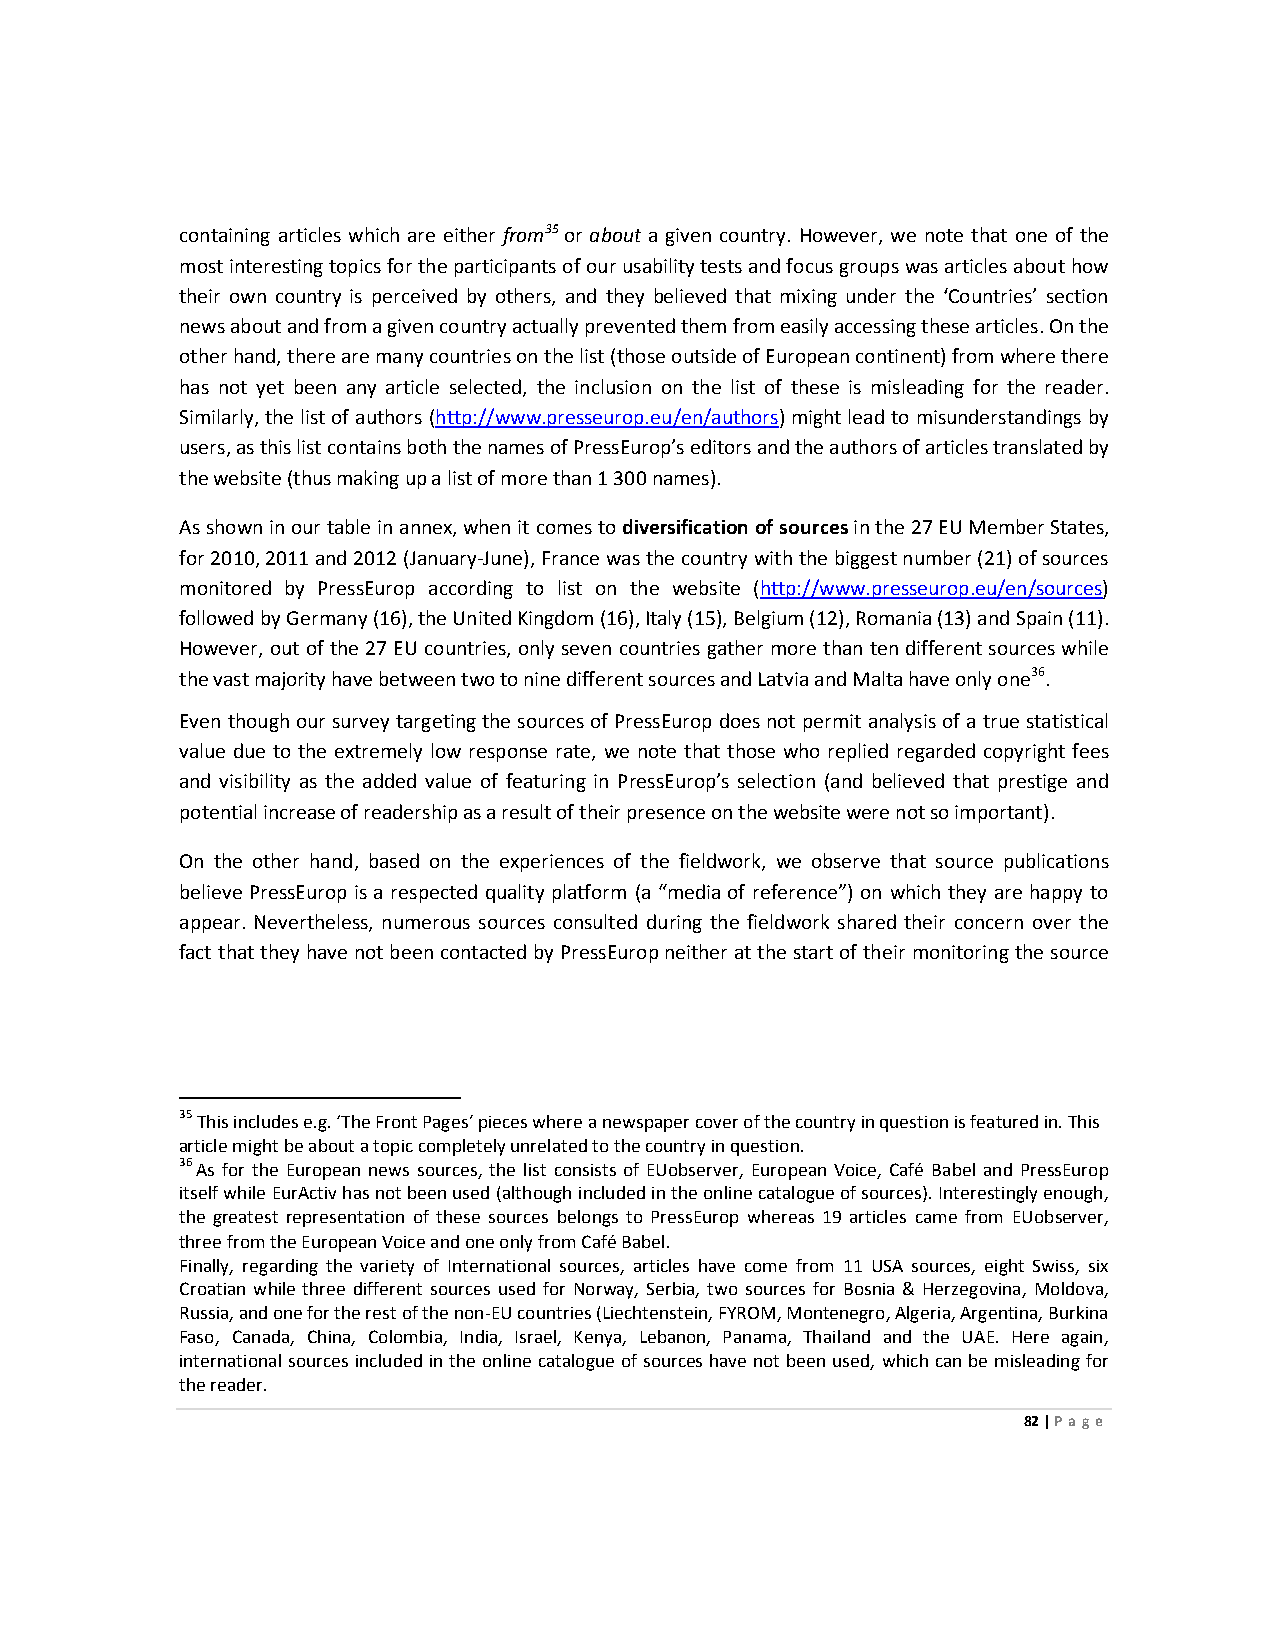
containing articles which are either from35 or about a given country. However, we note that one of the
 most interesting topics for the participants of our usability tests and focus groups was articles about how
 their own country is perceived by others, and they believed that mixing under the ‘Countries’ section
 news about and from a given country actually prevented them from easily accessing these articles. On the
 other hand, there are many countries on the list (those outside of European continent) from where there
 has not yet been any article selected, the inclusion on the list of these is misleading for the reader.
 Similarly, the list of authors (http://www.presseurop.eu/en/authors) might lead to misunderstandings by
 users, as this list contains both the names of PressEurop’s editors and the authors of articles translated by
 the website (thus making up a list of more than 1 300 names).
 As shown in our table in annex, when it comes to diversification of sources in the 27 EU Member States,
 for 2010, 2011 and 2012 (January-June), France was the country with the biggest number (21) of sources
 monitored by PressEurop according to list on the website (http://www.presseurop.eu/en/sources)
 followed by Germany (16), the United Kingdom (16), Italy (15), Belgium (12), Romania (13) and Spain (11).
 However, out of the 27 EU countries, only seven countries gather more than ten different sources while
 the vast majority have between two to nine different sources and Latvia and Malta have only one36.
 Even though our survey targeting the sources of PressEurop does not permit analysis of a true statistical
 value due to the extremely low response rate, we note that those who replied regarded copyright fees
 and visibility as the added value of featuring in PressEurop’s selection (and believed that prestige and
 potential increase of readership as a result of their presence on the website were not so important).
 On the other hand, based on the experiences of the fieldwork, we observe that source publications
 believe PressEurop is a respected quality platform (a “media of reference”) on which they are happy to
 appear. Nevertheless, numerous sources consulted during the fieldwork shared their concern over the
 fact that they have not been contacted by PressEurop neither at the start of their monitoring the source
 35 This includes e.g. ‘The Front Pages’ pieces where a newspaper cover of the country in question is featured in. This
 article might be about a topic completely unrelated to the country in question.
 36 As for the European news sources, the list consists of EUobserver, European Voice, Café Babel and PressEurop
 itself while EurActiv has not been used (although included in the online catalogue of sources). Interestingly enough,
 the greatest representation of these sources belongs to PressEurop whereas 19 articles came from EUobserver,
 three from the European Voice and one only from Café Babel.
 Finally, regarding the variety of International sources, articles have come from 11 USA sources, eight Swiss, six
 Croatian while three different sources used for Norway, Serbia, two sources for Bosnia & Herzegovina, Moldova,
 Russia, and one for the rest of the non-EU countries (Liechtenstein, FYROM, Montenegro, Algeria, Argentina, Burkina
 Faso, Canada, China, Colombia, India, Israel, Kenya, Lebanon, Panama, Thailand and the UAE. Here again,
 international sources included in the online catalogue of sources have not been used, which can be misleading for
 the reader.
 82 | Page